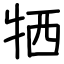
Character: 牺